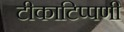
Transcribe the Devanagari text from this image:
टीकाटिप्पणी